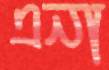
এনা